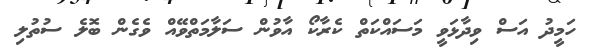
ހަމީދު އަސް ވިދާޅަވީ މަސައްކަތް ކެރާކޯ އާވުން ސަލާމަތްވޭއް ވެގެން ބޮލެ ސުތުލި